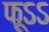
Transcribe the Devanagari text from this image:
फूऽऽ